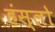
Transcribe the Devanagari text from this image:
हंस्लो